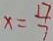
x = \frac { 1 7 } { 7 }